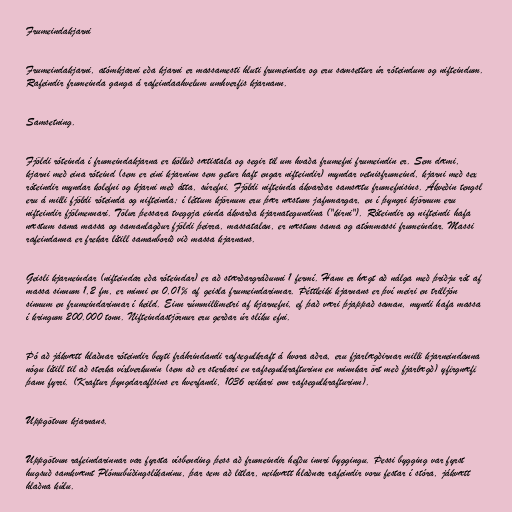
Frumeindakjarni

Frumeindakjarni, atómkjarni eða kjarni er massamesti hluti frumeindar og eru samsettur úr róteindum og nifteindum.
Rafeindir frumeinda ganga á rafeindaahvelum umhverfis kjarnann.

Samsetning.

Fjöldi róteinda í frumeindakjarna er kölluð sætistala og segir til um hvaða frumefni frumeindin er. Sem dæmi,
kjarni með eina róteind (sem er eini kjarninn sem getur haft engar nifteindir) myndar vetnisfrumeind, kjarni með sex
róteindir myndar kolefni og kjarni með átta, súrefni. Fjöldi nifteinda ákvarðar samsætu frumefnisins. Ákveðin tengsl
eru á milli fjöldi róteinda og nifteinda; í léttum kjörnum eru þær næstum jafnmargar, en í þyngri kjörnum eru
nifteindir fjölmennari. Tölur þessara tveggja einda ákvarða kjarnategundina ("kirni"). Róteindir og nifteindi hafa
næstum sama massa og samanlagður fjöldi þeirra, massatalan, er næstum sama og atómmassi frumeindar. Massi
rafeindanna er frekar lítill samanborið við massa kjarnans.

Geisli kjarneindar (nifteindar eða róteindar) er að stærðargráðunni 1 fermí. Hann er hægt að nálga með þriðju rót af
massa sinnum 1,2 fm, er minni en 0,01% af geisla frumeindarinnar. Þéttleiki kjarnans er því meiri en trilljón
sinnum en frumeindarinnar í heild. Einn rúmmillimetri af kjarnefni, ef það væri þjappað saman, myndi hafa massa
í kringum 200.000 tonn. Nifteindastjörnur eru gerðar úr slíku efni.

Þó að jákvætt hlaðnar róteindir beyti fráhrindandi rafsegulkraft á hvora aðra, eru fjarlægðirnar milli kjarneindanna
nógu lítill til að sterka víxlverkunin (sem að er sterkari en rafsegulkrafturinn en minnkar ört með fjarlægð) yfirgnæfi
þann fyrri. (Kraftur þyngdaraflsins er hverfandi, 1036 veikari enn rafsegulkrafturinn).

Uppgötvun kjarnans.

Uppgötvun rafeindarinnar var fyrsta vísbending þess að frumeindir hefðu innri byggingu. Þessi bygging var fyrst
hugsuð samkvæmt Plómubúðingslíkaninu, þar sem að litlar, neikvætt hlaðnar rafeindir voru festar í stóra, jákvætt
hlaðna kúlu.